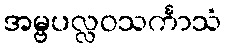
အမ္ဗပလ္လဝသင်္ကာသံ